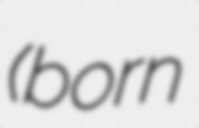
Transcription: (born